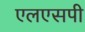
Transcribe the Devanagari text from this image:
एलएसपी